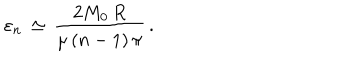
LaTeX: \varepsilon _ { n } \, \simeq \, \frac { 2 M _ { 0 } \, R } { \mu \, ( n - 1 ) \, \pi } \, { . }